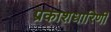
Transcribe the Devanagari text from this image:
प्रकाशधारिणी